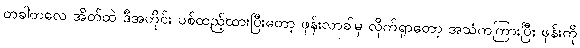
တခါတလေ အိတ်ထဲ ဒီအတိုင်း ပစ်ထည့်ထားပြီးတော့ ဖုန်းလာခါမှ လိုက်ရှာတော့ အသံကကြားပြီး ဖုန်းကို